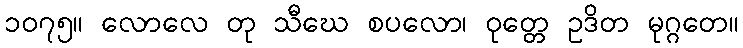
၁၀၇၅။ လောလေ တု သီဃေ စပလော၊ ဝုတ္တေ ဥဒိတ မုဂ္ဂတေ။